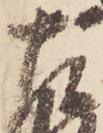
左